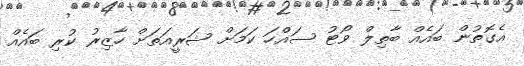
އެގޮތުން ބައެއް ބާތިލް ވޯޓު ސައްހަ ކަމަށް ޝަރީއަތަށް ހާޒިރު ކުރި ބައެއް